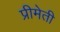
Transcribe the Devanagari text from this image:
प्रीमेती